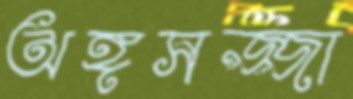
অঙ্গসজ্জা